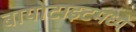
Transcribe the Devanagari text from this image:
बायोटाइटमध्ये